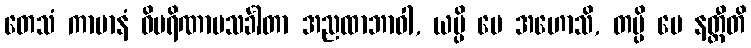
တေသံ ကာမာနံ ဝိပရိဏာမသင်္ခါတာ အညထာဘာဝါ, ယမ္ပိ မေ အဟောသိ, တမ္ပိ မေ နတ္ထီတိ